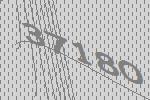
37180